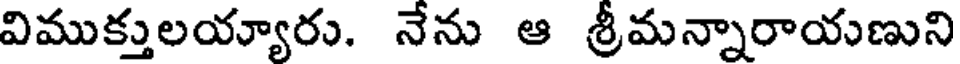
విముక్తులయ్యారు. నేను ఆ శ్రీమన్నారాయణుని